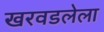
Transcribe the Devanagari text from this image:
खरवडलेला